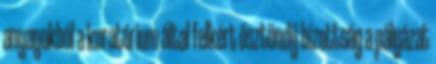
anyagokból a kuratórium által felkért ösztöndíj bizottság a pályázat